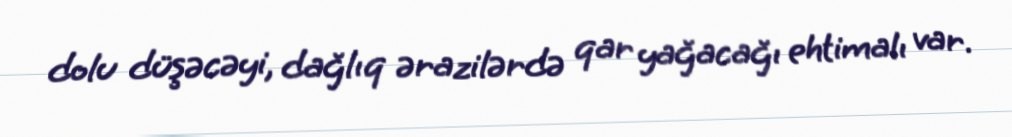
dolu düşəcəyi, dağlıq ərazilərdə qar yağacağı ehtimalı var.